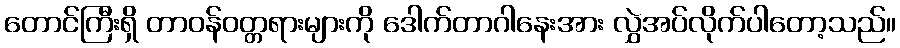
တောင်ကြီးရှိ တာဝန်ဝတ္တရားများကို ဒေါက်တာဂါနေးအား လွှဲအပ်လိုက်ပါတော့သည်။